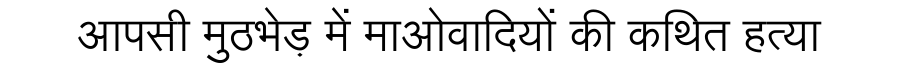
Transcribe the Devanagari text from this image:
आपसी मुठभेड़ में माओवादियों की कथित हत्या